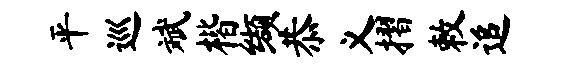
平巡斌楷缬恭义摺敕追